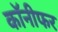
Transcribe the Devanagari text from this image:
कॉनीफर